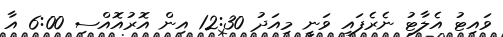
ވައިޓު އެލާޓު ނެރެފައި ވަނީ މިއަދު 12:30 އިން އޮރުއޮއްސި 6:00 އާ